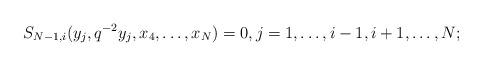
LaTeX: \begin{align*}S_{N-1,i}(y_j, q^{-2}y_j,x_4, \dots, x_N) =0,j = 1, \dots, i-1, i+1,\ldots, N;\end{align*}